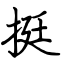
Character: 挺